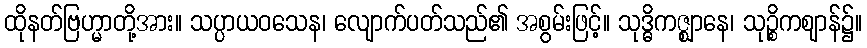
ထိုနတ်ဗြဟ္မာတို့အား။ သပ္ပာယဝသေန၊ လျောက်ပတ်သည်၏ အစွမ်းဖြင့်။ သုဒ္ဓိကဇ္ဈာနေ၊ သုဉ္စိကဈာန်၌။